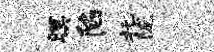
暝陷托陇